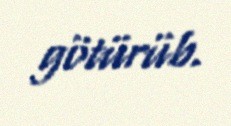
götürüb.